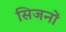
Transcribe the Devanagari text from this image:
सिजनों